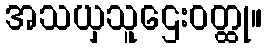
အသယှသူဌေးဝတ္ထု။